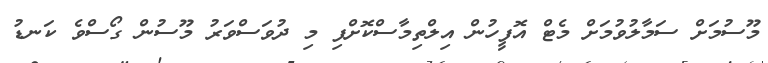
މޫސުމަށް ސަމާލުވުމަށް މެޓް އޮފީހުން އިލްތިމާސްކޮށްފި މި ދުވަސްވަރު މޫސުން ގޯސްވެ ކަނޑު